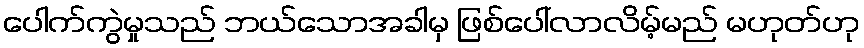
ပေါက်ကွဲမှုသည် ဘယ်သောအခါမှ ဖြစ်ပေါ်လာလိမ့်မည် မဟုတ်ဟု